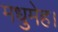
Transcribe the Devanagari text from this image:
मधुमेह।